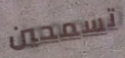
تسمحين